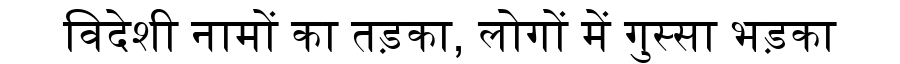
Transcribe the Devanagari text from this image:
विदेशी नामों का तड़का, लोगों में गुस्सा भड़का